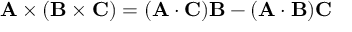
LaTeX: \mathbf { A } \times ( \mathbf { B } \times \mathbf { C } ) = ( \mathbf { A } \cdot \mathbf { C } ) \mathbf { B } - ( \mathbf { A } \cdot \mathbf { B } ) \mathbf { C }